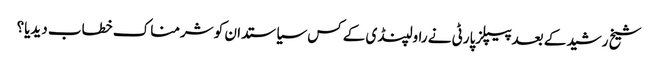
شیخ رشید کے بعدپیپلزپارٹی نے راولپنڈی کے کس سیاستدان کو شرمناک خطاب دیدیا؟